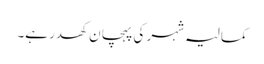
کمالیہ شہر کی پہچان کھدر ہے۔